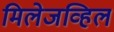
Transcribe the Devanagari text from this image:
मिलेजव्हिल